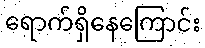
ရောက်ရှိနေကြောင်း